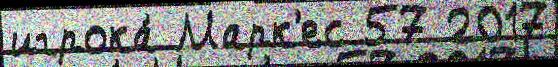
игрока́ Марк'ес 57 2017